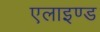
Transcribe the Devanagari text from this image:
एलाइण्ड